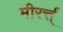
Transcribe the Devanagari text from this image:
मीरर्त्त्